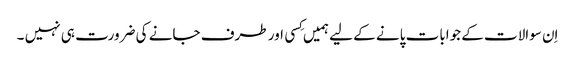
اِن سوالات کے جوابات پانے کے لیے ہمیں کِسی اور طرف جانے کی ضرورت ہی نہیں ۔